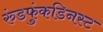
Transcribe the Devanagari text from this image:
रुंडफुंकडिनस्ट